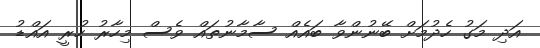
އަދި މަގު ހެދުމަށް ބޭނުންވާ ބައެއް ސާމާނުތައް ވެސް މިހާރު ހުރީ އައްޑު